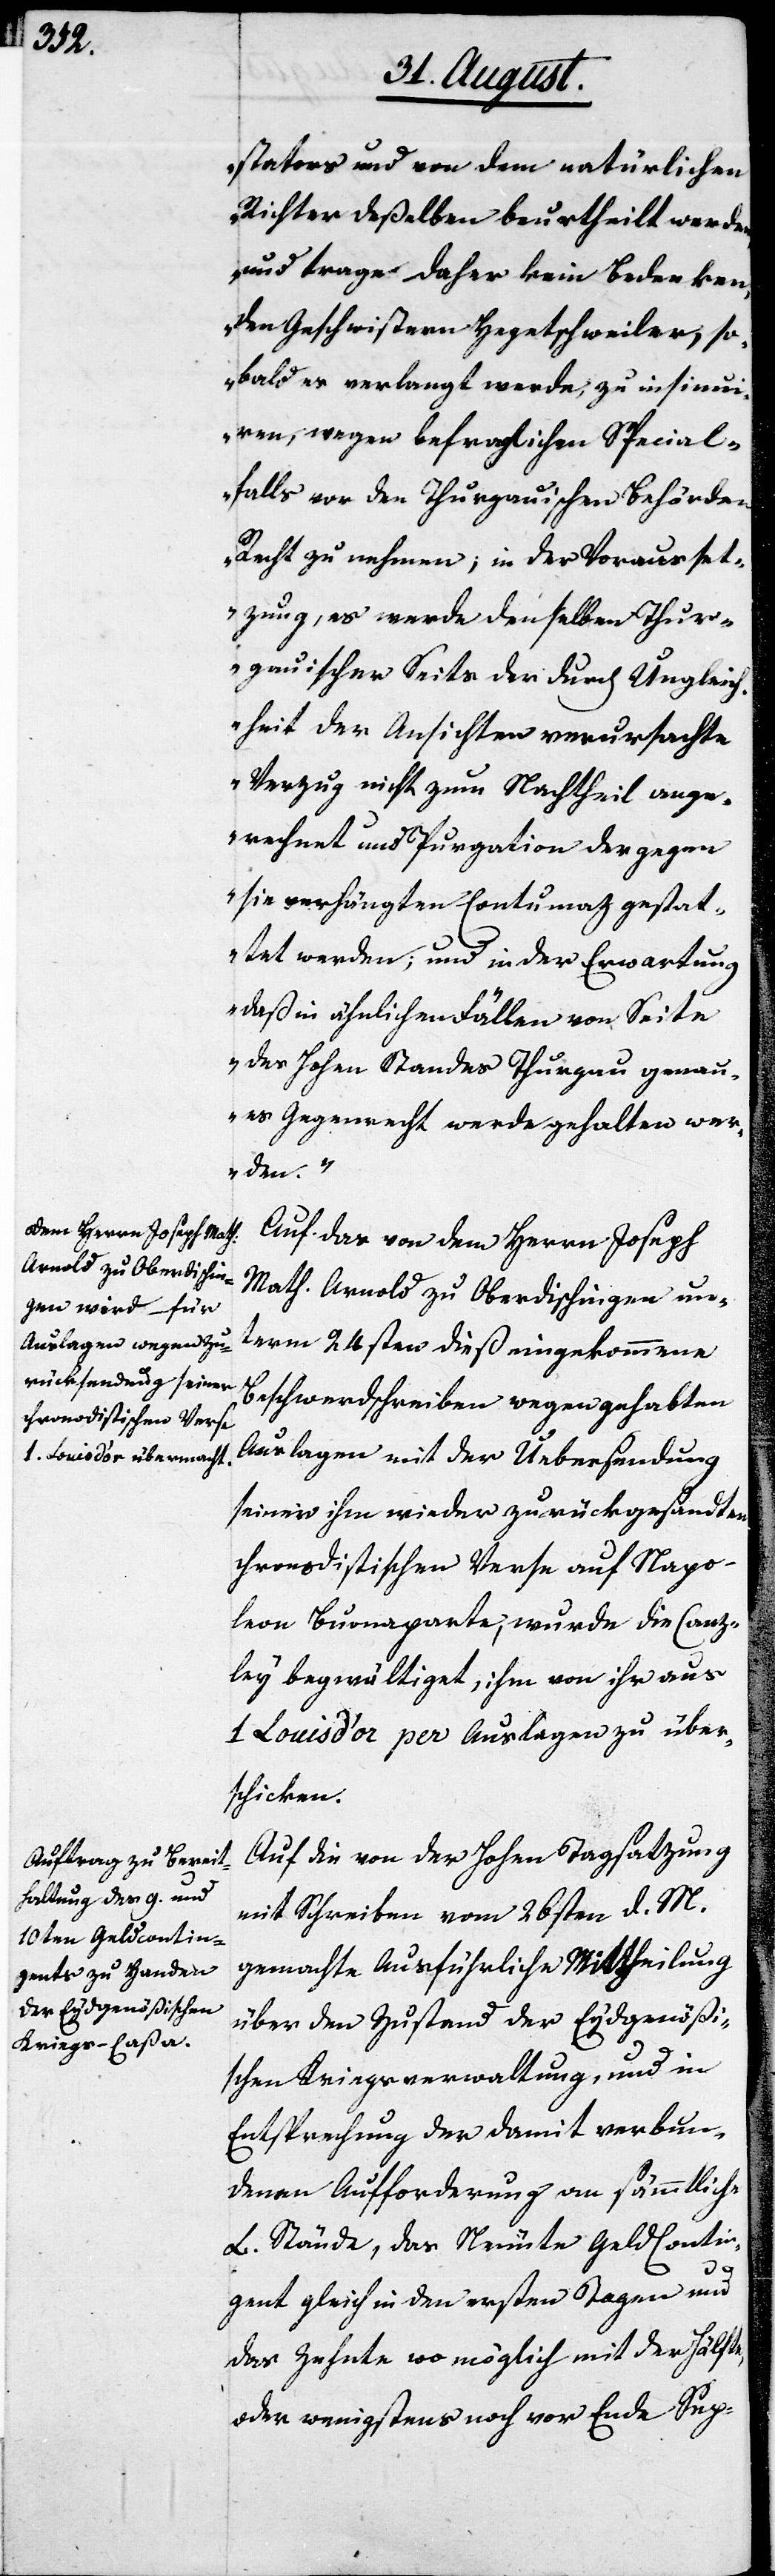
stators und von dem natürlichen
Richter deßelben beurtheilt werden
und trage daher kein Bedenken,
den Geschwistern Hegetschweiler, so¬
bald es verlangt werde, zu insinui¬
ren, wegen befraglichen Special¬
falls vor den Thurgauischen Behörden
Recht zu nehmen; in der Vorausset¬
zung, es werde denselben Thur¬
gauischer Seits der durch Ungleich¬
heit der Ansichten verursachte
Verzug nicht zum Nachtheil ange¬
rechnet und Purgation der gegen
sie verhängten Contumaz gestat¬
tet werden; und in der Erwartung
daß in ähnlichen Fällen von Seite
des Hohen Standes Thurgau genau¬
es Gegenrecht werde gehalten wer¬
den.“
Auf das von dem Herrn Joseph
Math. Arnold zu Oberdischingen unt¬
erm 24sten dieß eingekommene
Beschwerdschreiben wegen gehabten
Auslagen mit der Uebersendung
seiner ihm wieder zurückgesandten
chronodistischen Verse auf Napo¬
leon Buonaparte, wurde die Canz¬
ley begwältiget, ihm von ihr aus
1 Louis d’Or per Auslagen zu über¬
schicken.
Auf die von der Hohen Tagsatzung
mit Schreiben vom 26sten d. M.
gemachte Ausführliche Mittheilung
über den Zustand der Eydgenößi¬
schen Kriegsverwaltung, und in
Entsprechung der damit verbun¬
denen Aufforderung an sämmtliche
L. Stände, das Neunte Geldcontin¬
gent gleich in den ersten Tagen und
das Zehnte womöglich mit der Hälfte
oder wenigstens noch vor Ende Sep-